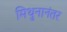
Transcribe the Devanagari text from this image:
मिथुनानंतर